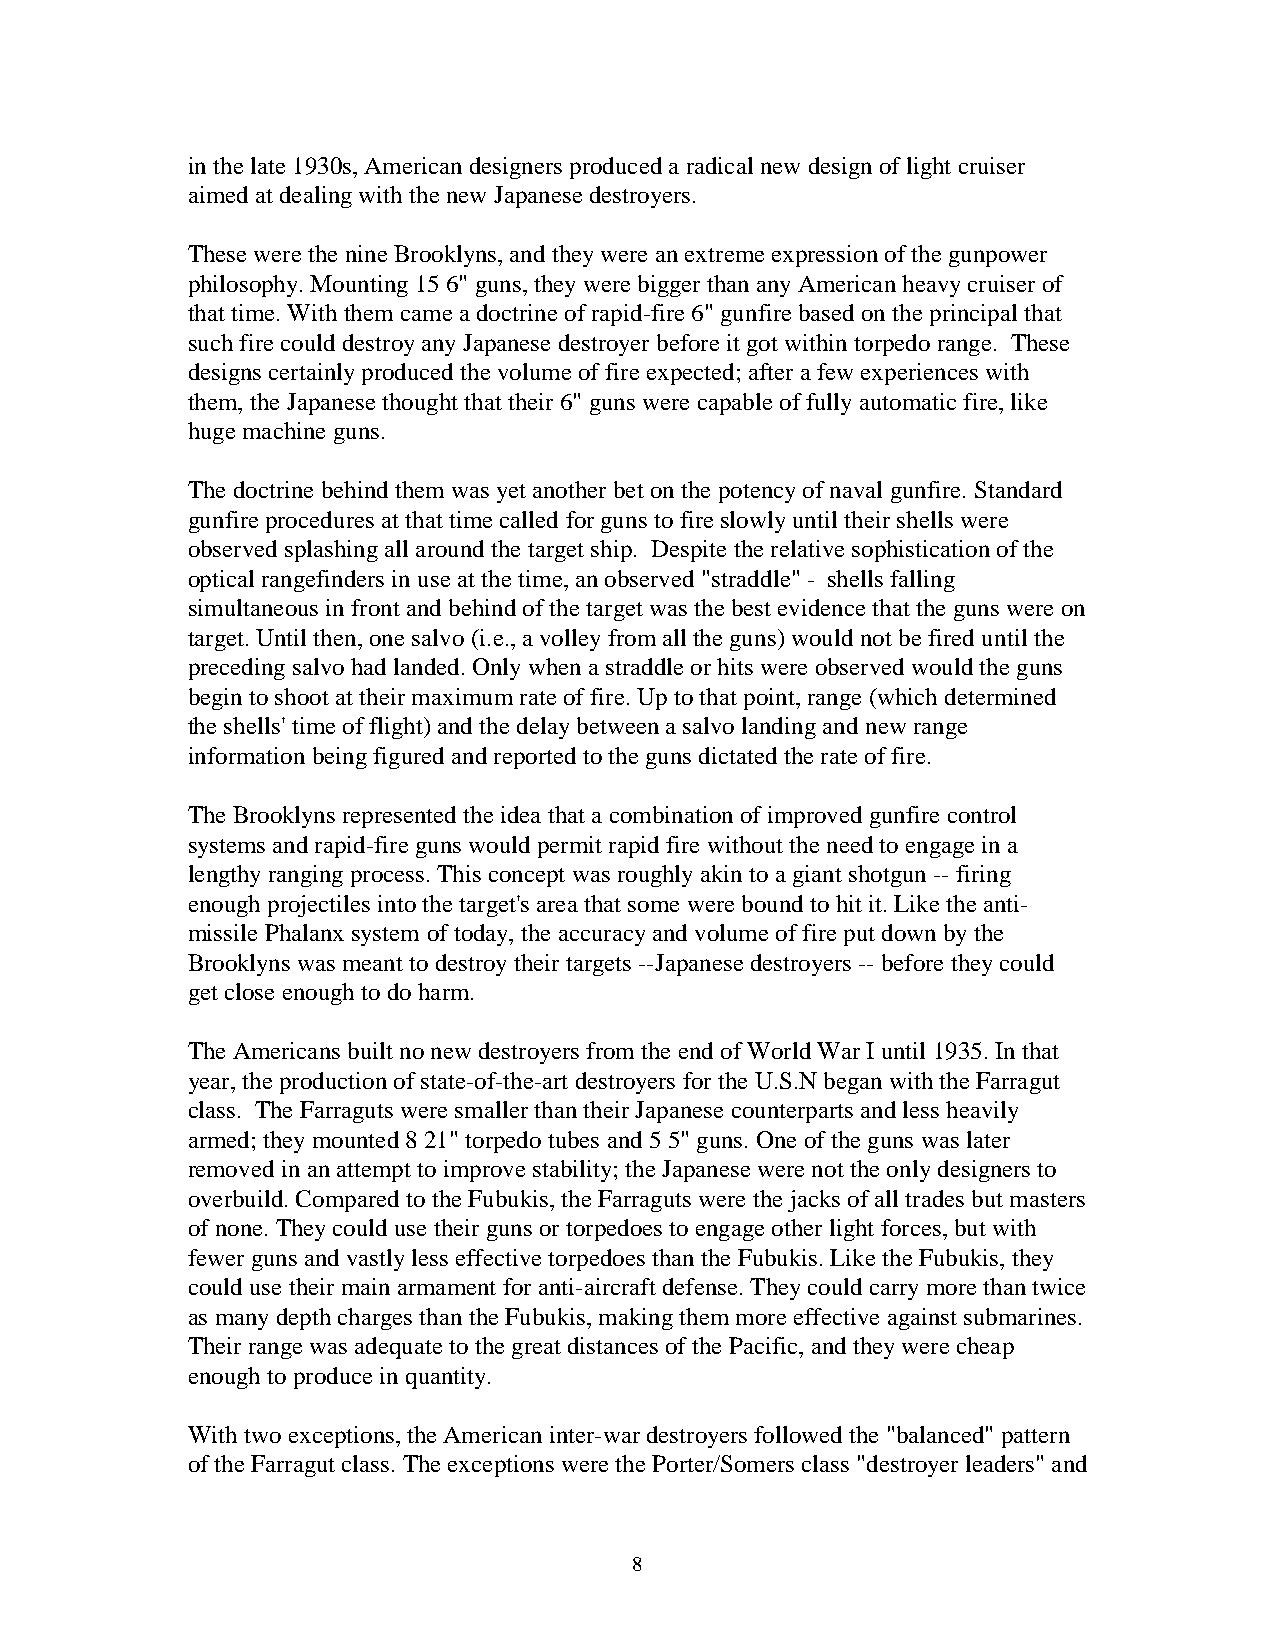
in the late 1930s, American designers produced a radical new design of light cruiser
 aimed at dealing with the new Japanese destroyers.
 These were the nine Brooklyns, and they were an extreme expression of the gunpower
 philosophy. Mounting 15 6" guns, they were bigger than any American heavy cruiser of
 that time. With them came a doctrine of rapid-fire 6" gunfire based on the principal that
 such fire could destroy any Japanese destroyer before it got within torpedo range. These
 designs certainly produced the volume of fire expected; after a few experiences with
 them, the Japanese thought that their 6" guns were capable of fully automatic fire, like
 huge machine guns.
 The doctrine behind them was yet another bet on the potency of naval gunfire. Standard
 gunfire procedures at that time called for guns to fire slowly until their shells were
 observed splashing all around the target ship. Despite the relative sophistication of the
 optical rangefinders in use at the time, an observed "straddle" - shells falling
 simultaneous in front and behind of the target was the best evidence that the guns were on
 target. Until then, one salvo (i.e., a volley from all the guns) would not be fired until the
 preceding salvo had landed. Only when a straddle or hits were observed would the guns
 begin to shoot at their maximum rate of fire. Up to that point, range (which determined
 the shells' time of flight) and the delay between a salvo landing and new range
 information being figured and reported to the guns dictated the rate of fire.
 The Brooklyns represented the idea that a combination of improved gunfire control
 systems and rapid-fire guns would permit rapid fire without the need to engage in a
 lengthy ranging process. This concept was roughly akin to a giant shotgun -- firing
 enough projectiles into the target's area that some were bound to hit it. Like the anti-
 missile Phalanx system of today, the accuracy and volume of fire put down by the
 Brooklyns was meant to destroy their targets --Japanese destroyers -- before they could
 get close enough to do harm.
 The Americans built no new destroyers from the end of World War I until 1935. In that
 year, the production of state-of-the-art destroyers for the U.S.N began with the Farragut
 class. The Farraguts were smaller than their Japanese counterparts and less heavily
 armed; they mounted 8 21" torpedo tubes and 5 5" guns. One of the guns was later
 removed in an attempt to improve stability; the Japanese were not the only designers to
 overbuild. Compared to the Fubukis, the Farraguts were the jacks of all trades but masters
 of none. They could use their guns or torpedoes to engage other light forces, but with
 fewer guns and vastly less effective torpedoes than the Fubukis. Like the Fubukis, they
 could use their main armament for anti-aircraft defense. They could carry more than twice
 as many depth charges than the Fubukis, making them more effective against submarines.
 Their range was adequate to the great distances of the Pacific, and they were cheap
 enough to produce in quantity.
 With two exceptions, the American inter-war destroyers followed the "balanced" pattern
 of the Farragut class. The exceptions were the Porter/Somers class "destroyer leaders" and
 8